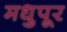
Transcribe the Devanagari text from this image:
मधुपूर